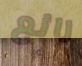
رائع